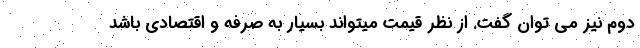
دوم نیز می توان گفت. از نظر قیمت میتواند بسیار به صرفه و اقتصادی باشد